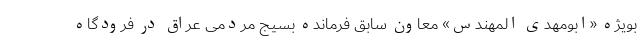
بویژه «ابومهدی المهندس» معاون سابق فرمانده بسیج مردمی عراق در فرودگاه